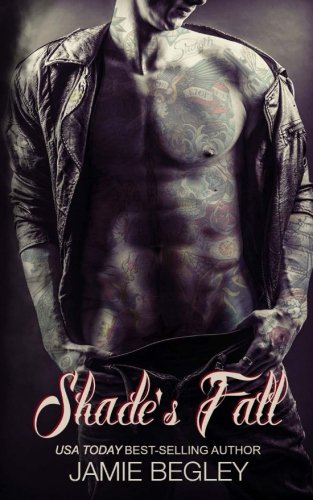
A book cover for Shade's Fall (The Last Riders) (Volume 4); Jamie Begley; Romance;